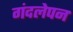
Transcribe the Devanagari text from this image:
गंदलेपन